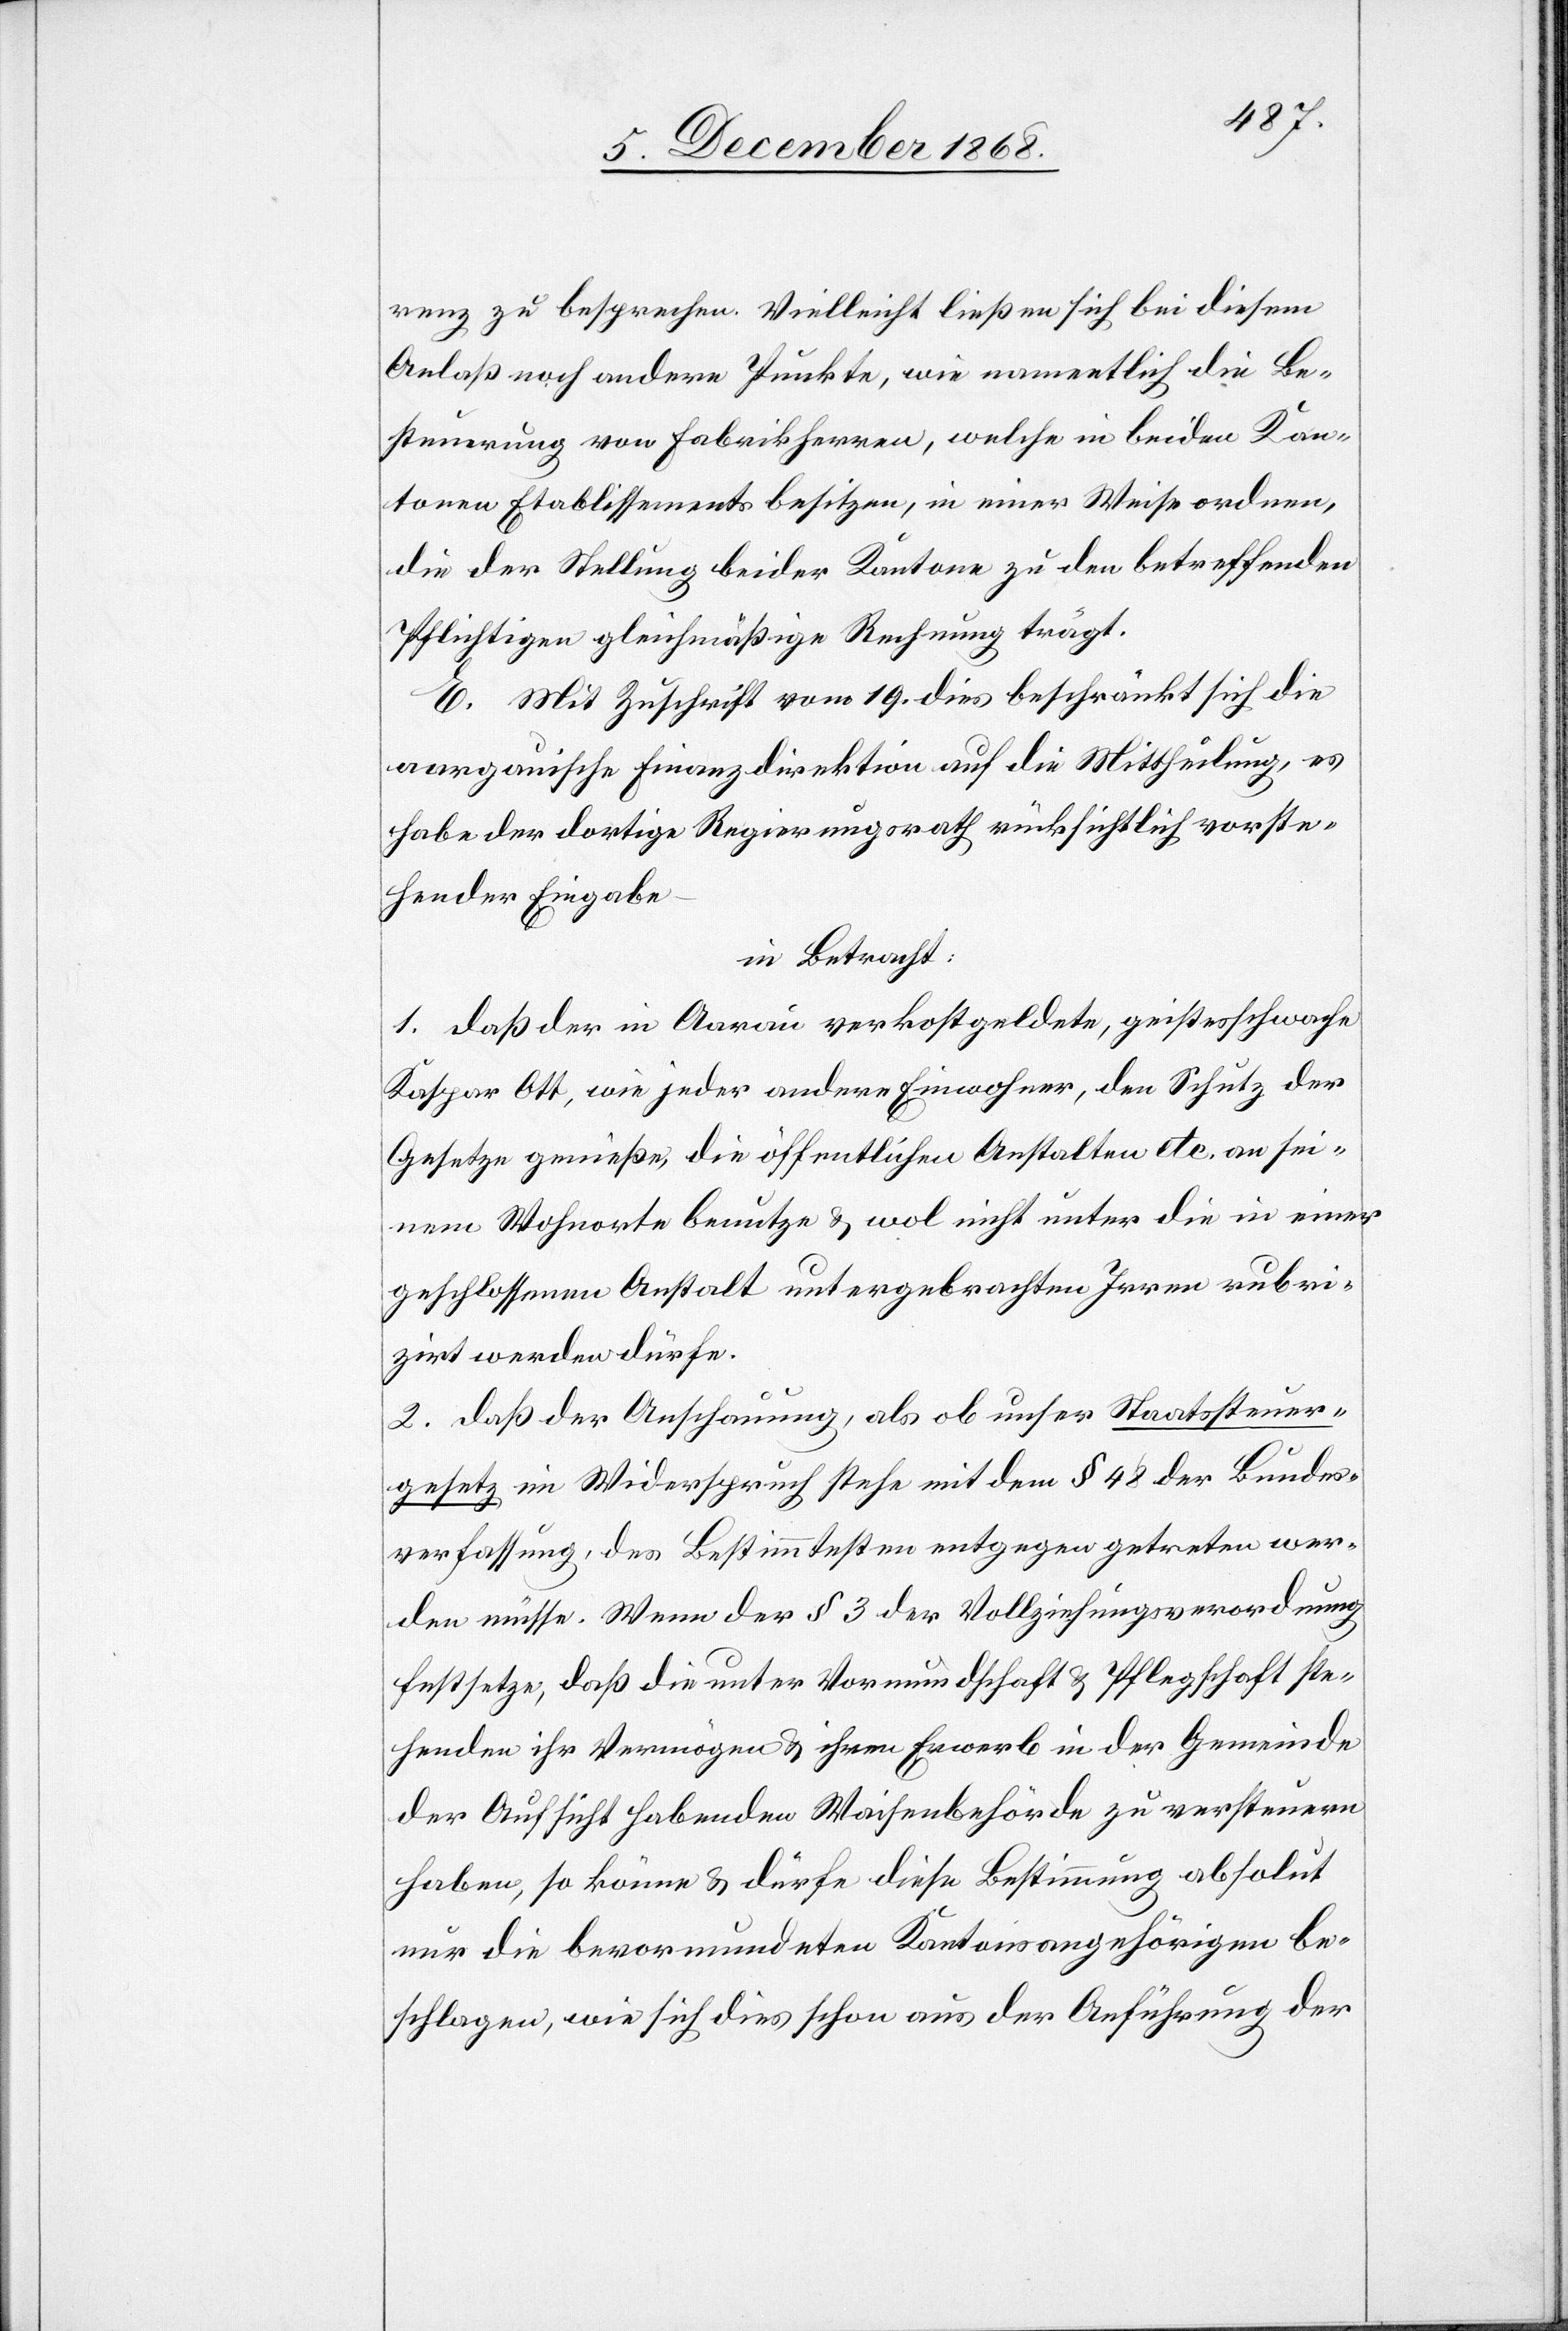
renz zu besprechen. Vielleicht ließen sich bei diesem
Anlaß noch andere Punkte, wie namentlich die Be¬
steuerung von Fabrikherren, welche in beiden Kan¬
tonen Etablissements besitzen, in einer Weise ordnen,
die der Stellung beider Kantone zu den betreffenden
Pflichtigen gleichmäßige Rechnung trägt.
E. Mit Zuschrift vom 19. dies beschränkt sich die
aargauische Finanzdirektion auf die Mittheilung, es
habe der dortige Regierungsrath rücksichtlich vorste¬
hender Eingabe
in Betracht:
1. daß der in Aarau verkostgeldete, geistesschwache
Kaspar Ott, wie jeder andere Einwohner, den Schutz der
Gesetze genieße, die öffentlichen Anstalten etc. an sei¬
nem Wohnorte benutze & wol nicht unter die in einer
geschlossenen Anstalt untergebrachten Irren rubri¬
zirt werden dürfe.
2. daß der Anschauung, als ob unser Staatssteuer¬
gesetz im Widerspruch stehe mit dem § 48 der Bundes¬
verfassung, des Bestimmtesten entgegen getreten wer¬
den müsse. Wenn der § 3 der Vollziehungsverordnung
festsetze, daß die unter Vormundschaft & Pflegschaft ste¬
henden ihr Vermögen & ihren Erwerb in der Gemeinde
der Aufsicht habenden Waisenbehörde zu versteuern
haben, so könne & dürfe diese Bestimmung absolut
nur die bevormundeten Kantonsangehörigen be¬
schlagen, wie sich dies schon aus der Anführung der